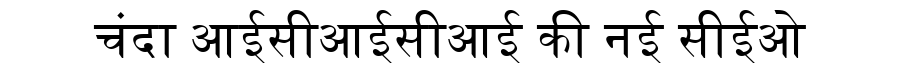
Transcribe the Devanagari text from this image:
चंदा आईसीआईसीआई की नई सीईओ